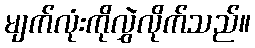
မျက်လုံးကိုလွှဲလိုက်သည်။